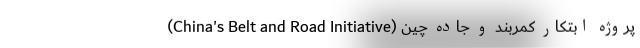
پروژه ابتکار کمربند و جاده چین (China's Belt and Road Initiative)